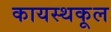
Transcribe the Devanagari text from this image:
कायस्थकूल